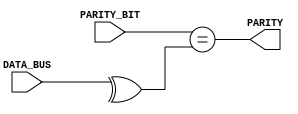
`timescale 1ns / 1ps

module PARITY_CHECK(
    input PARITY_BIT,
    input [7:0] DATA_BUS,
    output PARITY
    );
wire internalParity;
assign internalParity = ^DATA_BUS;

assign PARITY = (PARITY_BIT == internalParity);

endmodule